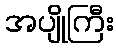
အပျိုကြီး